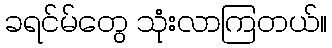
ခရင်မ်တွေ သုံးလာကြတယ်။